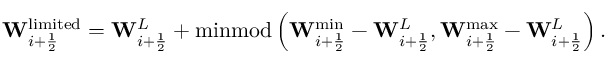
\mathbf { W } _ { i + \frac { 1 } { 2 } } ^ { \mathrm { l i m i t e d } } = \mathbf { W } _ { i + \frac { 1 } { 2 } } ^ { L } + \operatorname { m i n m o d } \left( \mathbf { W } _ { i + \frac { 1 } { 2 } } ^ { \operatorname* { m i n } } - \mathbf { W } _ { i + \frac { 1 } { 2 } } ^ { L } , \mathbf { W } _ { i + \frac { 1 } { 2 } } ^ { \operatorname* { m a x } } - \mathbf { W } _ { i + \frac { 1 } { 2 } } ^ { L } \right) .